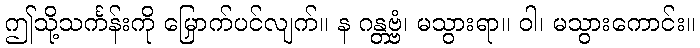
ဤသို့သင်္ကန်းကို မြှောက်ပင်လျက်။ န ဂန္တဗ္ဗံ၊ မသွားရာ။ ဝါ၊ မသွားကောင်း။